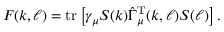
F ( k , \ell ) = \mathrm { t r } \left[ \gamma _ { \mu } S ( k ) \hat { \Gamma } _ { \mu } ^ { \mathrm { T } } ( k , \ell ) S ( \ell ) \right] .